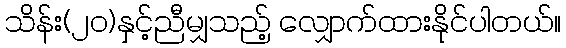
သိန်း(၂ဝ)နှင့်ညီမျှသည့် လျှောက်ထားနိုင်ပါတယ်။